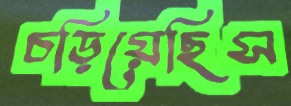
চড়িয়েছিস